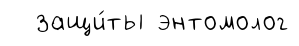
защи́ты энтомолог